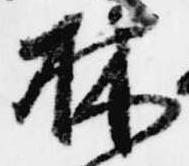
林